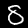
Label: 8